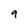
Character: 9